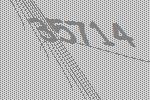
35714